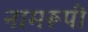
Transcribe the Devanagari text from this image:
नामरूपी